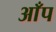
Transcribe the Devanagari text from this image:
आँप